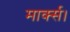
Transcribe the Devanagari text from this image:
मार्क्स।